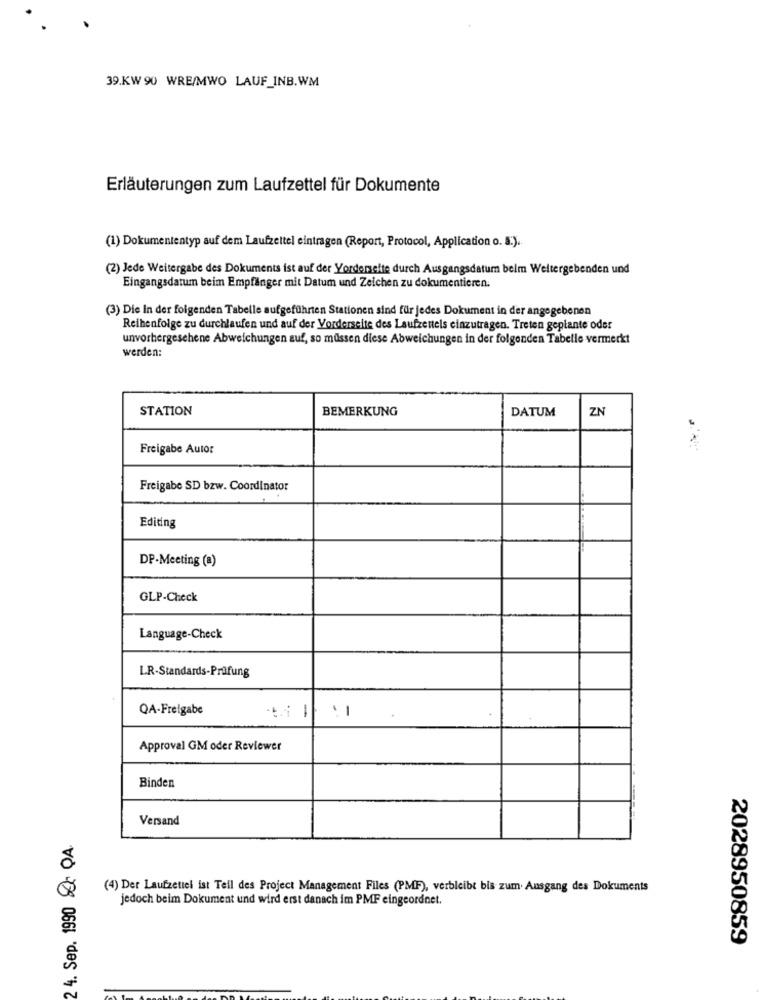
39.KW 90 WRE/MWO LAUF_INB.WM
Erläuterungen zum Laufzettel für Dokumente
(1) Dokumententyp auf dem Laufzeitel eintragen (Report, Protocol, Application o. S.).
(2) Jede Weitergabe des Dokuments ist auf der Vorderseite durch Ausgangsdatum belm Weitergebenden und
Eingangsdatum beim Empfänger mit Datum und Zeichen zu dokumentieren.
(3) Die In der folgenden Tabelle aufgeführten Stationen sind für jedes Dokument in der angegebenen
Reihenfolge zu durchlaufen und auf der Vorderseite des Laufzenels einzutragen. Treten geplante oder
unvorhergesehene Abweichungen auf, so müssen diese Abweichungen in der folgenden Tabelle vermerkt
werden:
STATION
BEMERKUNG
DATUM
ZN
Freigabe Autor
Freigabe SD bzw. Coordinator
Editing
DP-Meeting (a)
GLP-Check
Language-Check
L.R-Standards-Prüfung
QA-Freigabe
-
-
Approval GM oder Reviewer
Binden
Versand
2 4. Sep. 1990 . QA.
(4) Der Laufzettel ist Teil des Project Management Files (PMF), verbleibt bis zum. Ausgang des Dokuments
jedoch beim Dokument und wird erst danach im PMF eingeordnet.
2028950859